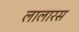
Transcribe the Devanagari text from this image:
लालारस